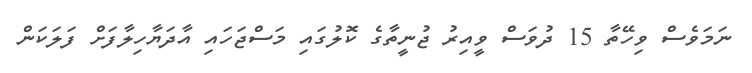
ނަމަވެސް ވިހޭތާ 15 ދުވަސް ވީއިރު ޖުނީތާގެ ކޮލުގައި މަސްޖަހައި އާދަޔާހިލާފަށް ފަލަކަން